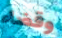
وقضاء